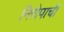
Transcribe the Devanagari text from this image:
निरोपाची